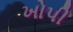
ખોપી